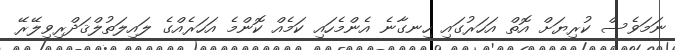
ނަމަވެސް ކުރިޔަށް އޮތް އަހަރުގައި ހިނގާނެ އެންމެހައި ކަމެއް ކޮންމެ އަހަރެއްގެ ލައިލަތުލްޤަދްރިވިލޭރޭ